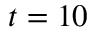
t = 1 0